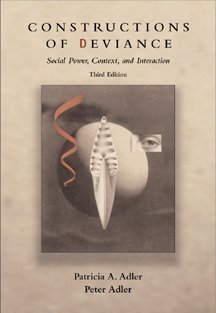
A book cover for Constructions of Deviance: Social Power, Context, and Interaction; Patricia A. Adler; Sports & Outdoors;